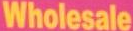
Wholesale